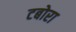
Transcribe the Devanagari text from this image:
टबोरा